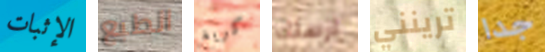
الإثبات الطبع كريغ ارسلك ترينني جدا